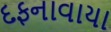
દફનાવાયા